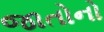
જાતોનો